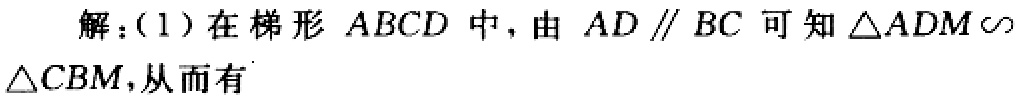
解：(1) 在梯形 \(ABCD\) 中，由 \(AD\parallel BC\) 可知 \(\triangle ADM\sim\) \(\triangle CBM\)，从而有